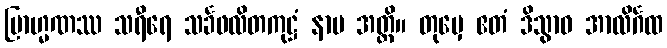
ဗြာဟ္မဏဿ သရီရေ သင်္ခဖလိတကုဋ္ဌံ နာမ အတ္ထိ။ တုမှေ ဧတံ ဒိသွာဝ အာလိင်္ဂထ